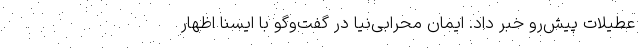
عطیلات پیش‌رو خبر داد. ایمان محرابی‌نیا در گفت‌وگو با ایسنا اظهار